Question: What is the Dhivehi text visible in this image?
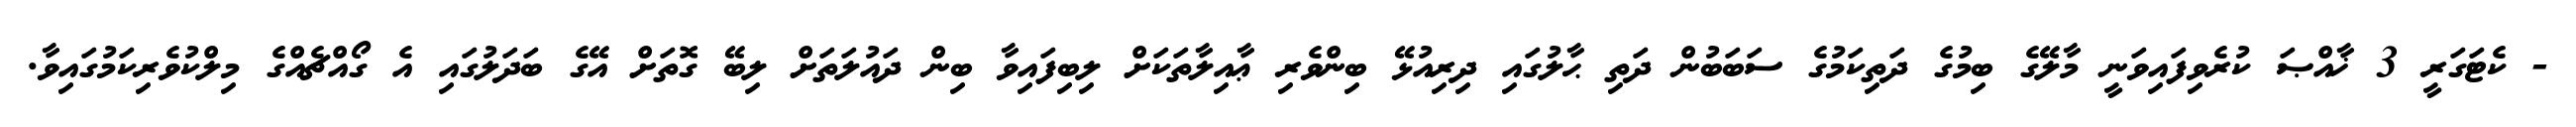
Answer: - ކެޓަގަރީ 3 ޚާއްޞަ ކުރެވިފައިވަނީ މާލޭގެ ބިމުގެ ދަތިކަމުގެ ސަބަބުން ދަތި ޙާލުގައި ދިރިއުޅޭ ބިންވެރި ޢާއިލާތަކަށް ލިބިފައިވާ ބިން ދައުލަތަށް ލިބޭ ގޮތަށް އޭގެ ބަދަލުގައި އެ ގޯއްޗެއްގެ މިލްކުވެރިކަމުގައިވާ.